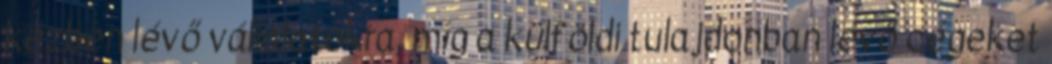
kézben lévő vállalatokra, míg a külföldi tulajdonban lévő cégeket